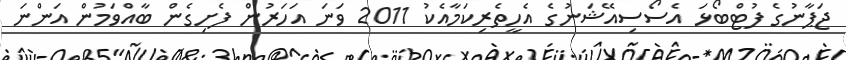
ޖަޕާނުގެ ފުޓްބޯޅަ އެސޯސިއޭޝަނުގެ އެހީތެރިކަމާއެކު 2011 ވަނަ އަހަރުން ފެށިގެން ބާއްވަމުން އަންނަ